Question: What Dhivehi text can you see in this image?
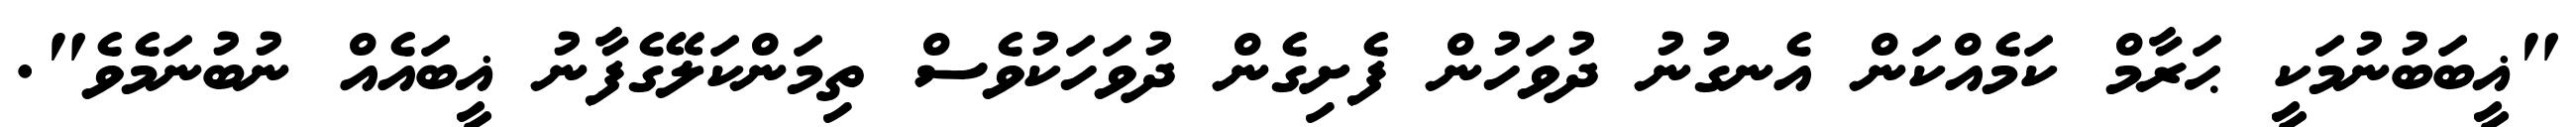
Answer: "ޣީބަބުނުމަކީ ޙަރާމް ކަމެއްކަން އެނގުނު ދުވަހުން ފެށިގެން ދުވަހަކުވެސް ތިމަންކަލޭގެފާނު ޣީބައެއް ނުބުނަމެވެ".